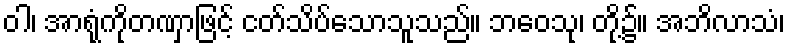
ဝါ၊ အာရုံကိုတဏှာဖြင့် ငတ်သိပ်သောသူသည်။ ဘဝေသု၊ တို့၌။ အဘိလာသံ၊